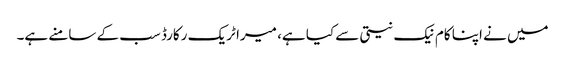
میں نے اپنا کام نیک نیتی سے کیا ہے، میرا ٹریک رکارڈ سب کے سامنے ہے۔